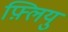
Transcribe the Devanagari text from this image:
फ़्लियु